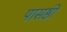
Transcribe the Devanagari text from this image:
पासष्ठी